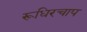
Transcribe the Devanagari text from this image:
रूधिरचाप